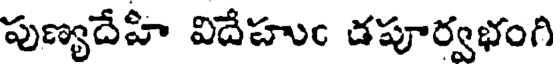
పుణ్యదేహి విదేహుం డపూర్వభంగి